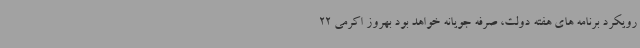
رویکرد برنامه های هفته دولت، صرفه جویانه خواهد بود بهروز اکرمی 22